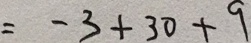
= - 3 + 3 0 + 9